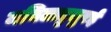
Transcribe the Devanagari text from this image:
मयिलाडुतुरई